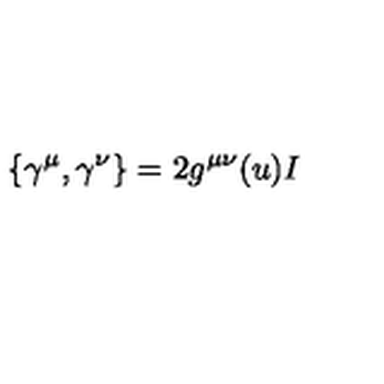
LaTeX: \left\{ \gamma ^ { \mu } , \gamma ^ { \nu } \right\} = 2 g ^ { \mu \nu } ( u ) I